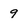
Character: 9